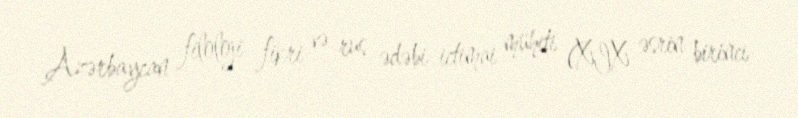
Azərbaycan filoloji fikri və rus ədəbi ictimai mühiti (XIX əsrin birinci